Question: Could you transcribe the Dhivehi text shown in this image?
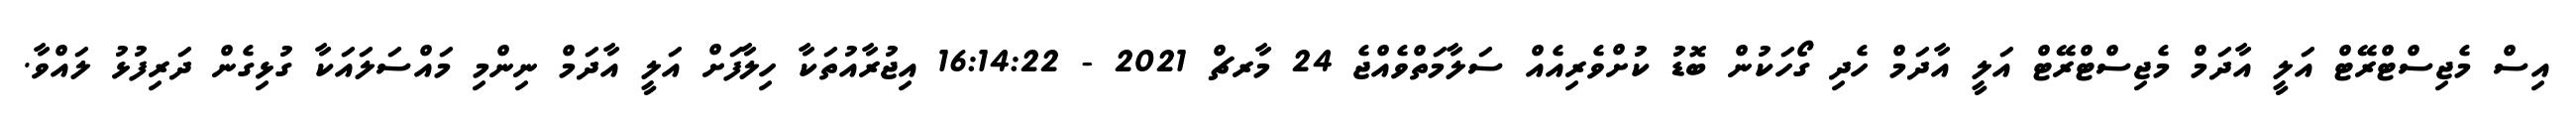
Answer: އިސް މެޖިސްޓްރޭޓް އަލީ އާދަމް މެޖިސްޓްރޭޓް އަލީ އާދަމް ހެދި ގޯހަކުން ބޮޑު ކުށްވެރިއެއް ސަލާމަތްވެއްޖެ 24 މާރޗް 2021 - 16:14:22 އިޖުރާއުތަކާ ހިލާފަށް އަލީ އާދަމް ނިންމި މައްސަލައަކާ ގުޅިގެން ދަރިފުޅު ލައްވާ.